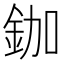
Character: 鉫